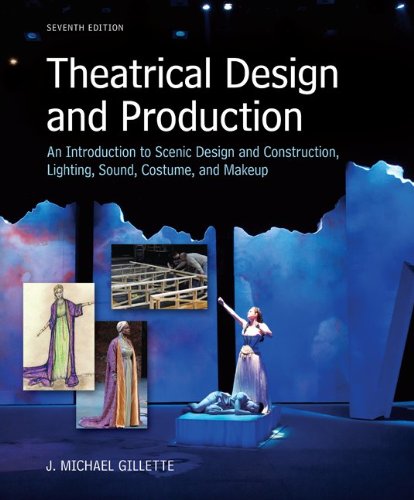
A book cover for Theatrical Design and Production: An Introduction to Scene Design and Construction, Lighting, Sound, Costume, and Makeup; J. Michael Gillette; Humor & Entertainment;